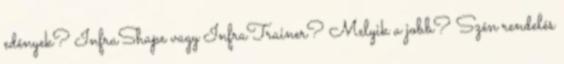
edények? InfraShape vagy InfraTrainer? Melyik a jobb? Szén rendelés